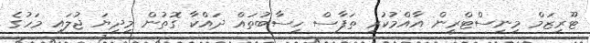
ޓޫރިޒަމް މިނިސްޓްރީން އާއްމުކުރި ތަފާސް ހިސާބުތައް ދައްކާ ގޮތުން މިދިޔަ ޖުލައި މަހުގެ